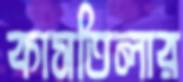
কাসতিলার